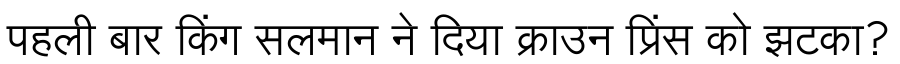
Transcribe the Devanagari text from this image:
पहली बार किंग सलमान ने दिया क्राउन प्रिंस को झटका?